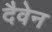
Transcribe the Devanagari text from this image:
दैवेन